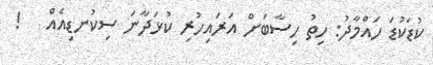
ކުޑަކުޑަ ހައްމާދު: ހިތު ހިސާބަށް އަރައިހުރި ކުޅަދާނަ ސިކުނޑިއެއް   !